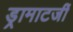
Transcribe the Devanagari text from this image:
ड्रामाटर्जी